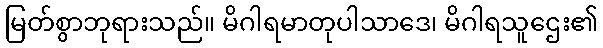
မြတ်စွာဘုရားသည်။ မိဂါရမာတုပါသာဒေ၊ မိဂါရသူဌေး၏